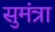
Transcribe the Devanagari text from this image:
सुमंत्रा